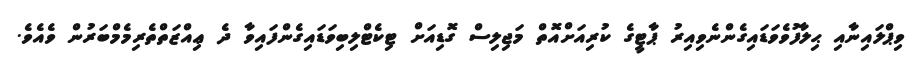
ވިޕްލައިނާއި ޙިލާފުވެވަޑައިގެންނެވިއިރު ޕާޓީގެ ކުރިއަށްއޮތް މަޖިލިސް ގޮޑިއަށް ޓިކެޓްލިބިވަޑައިގެންފައިވާ ދެ ޢިއްޒަތްތެރިމެމްބަރުން ވެއެވެ.